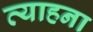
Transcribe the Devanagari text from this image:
व्याहना